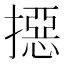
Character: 𢵣